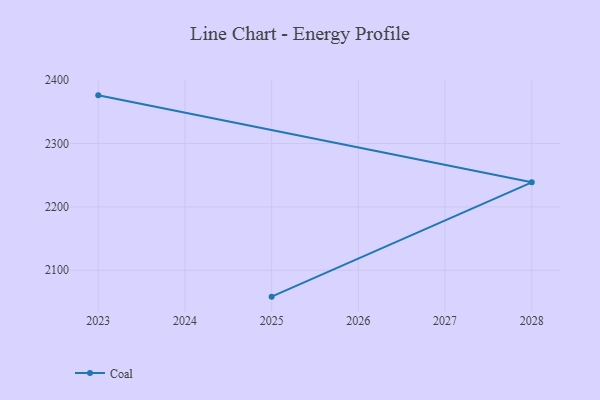
{"axis": {"x": "Year", "y": "Operating Costs (USD K)"}, "legend": ["Coal"], "data": [{"x": "2025", "y": 2058.3, "type": "Coal"}, {"x": "2028", "y": 2238.7, "type": "Coal"}, {"x": "2023", "y": 2376.0, "type": "Coal"}]}